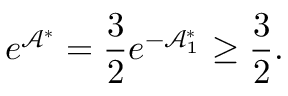
e ^ { \mathcal { A } ^ { \ast } } = \frac { 3 } { 2 } e ^ { - \mathcal { A } _ { 1 } ^ { \ast } } \geq \frac { 3 } { 2 } .